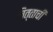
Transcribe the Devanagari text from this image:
चित्ताची